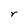
Character: r